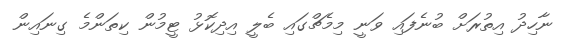
ނާހިދު އިތުރަށް ބުނެފައި ވަނީ މިމެޗްގައި ބެލީ އިދިކޮޅު ޓީމުން ކިތަންމެ ގިނައިން